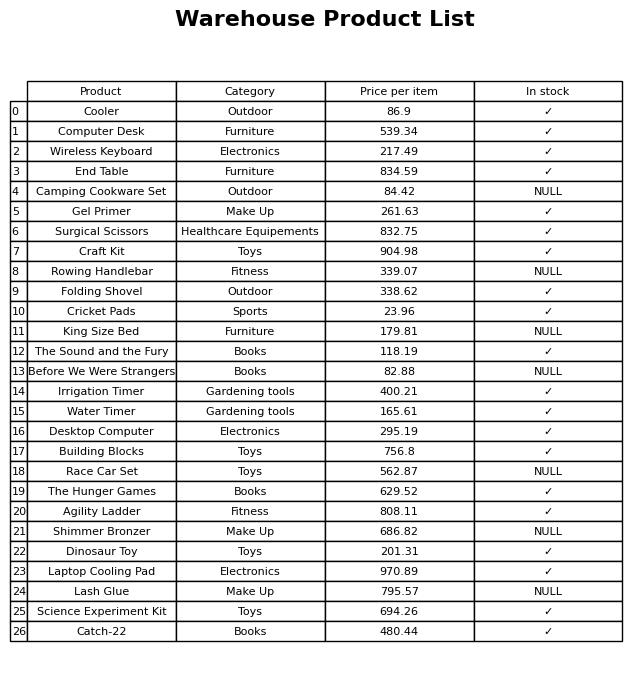
question: What is the price of the Race Car Set?
answer: The price of Race Car Set is 562.87.